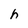
Character: h